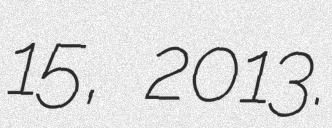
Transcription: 15, 2013.